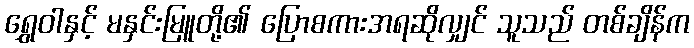
ရွှေဝါနှင့် မနှင်းမြူတို့၏ ပြောစကားအရဆိုလျှင် သူသည် တစ်ချိန်က